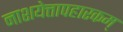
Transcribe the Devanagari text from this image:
नाशयेत्तापहारकम्